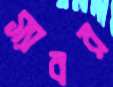
স্যাবর